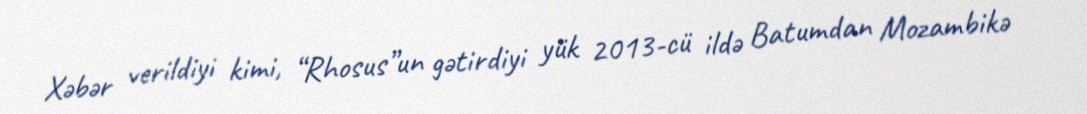
Xəbər verildiyi kimi, “Rhosus”un gətirdiyi yük 2013-cü ildə Batumdan Mozambikə